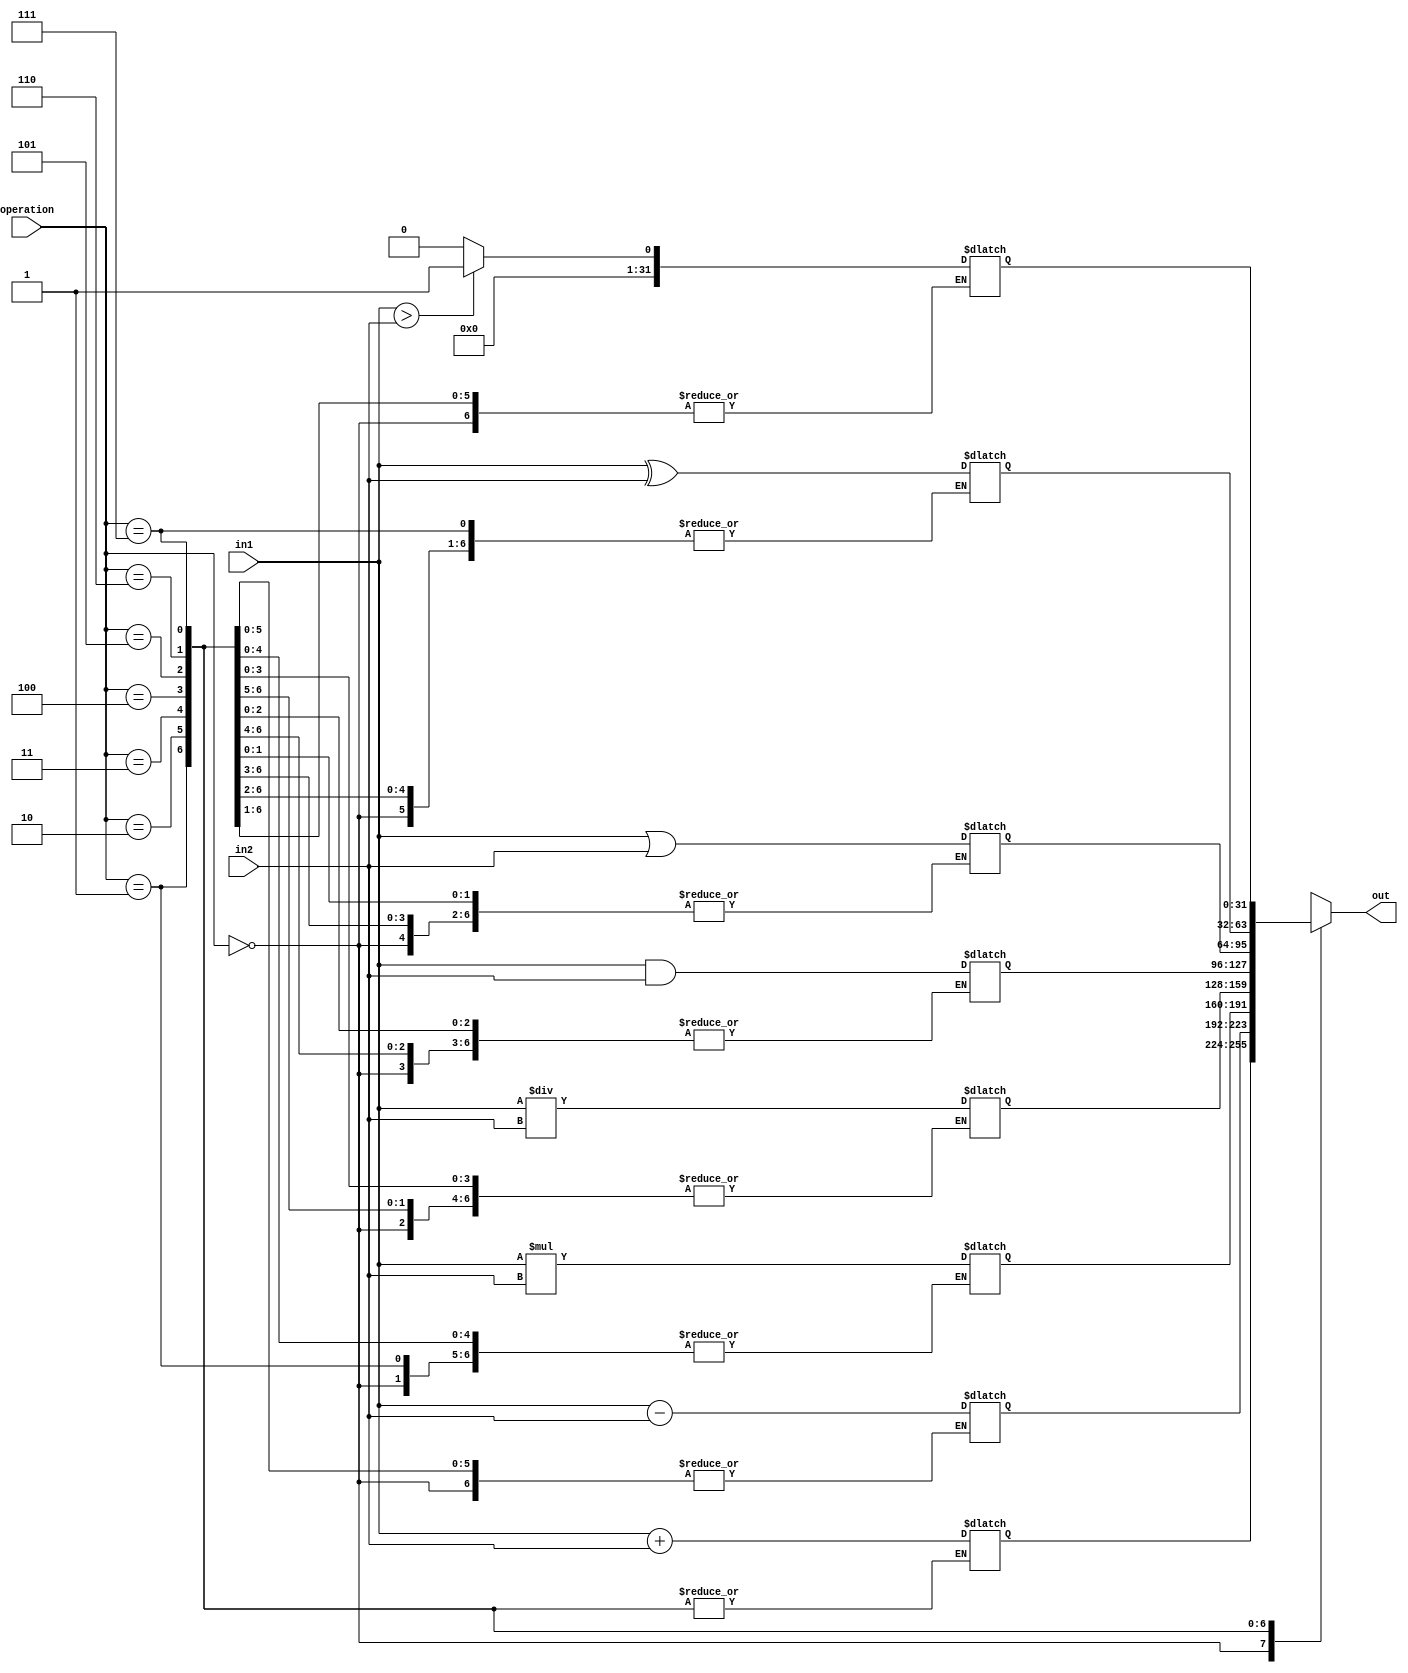
module ALU (
    input wire [31:0] in1,
    input wire [31:0] in2,
    input wire [2:0] operation,
    output reg [31:0] out
);

// Functional Blocks
reg [31:0] add_res, sub_res, mul_res, div_res, and_res, or_res, xor_res, cmp_res, shift_res;

always @(*) begin
    case(operation)
        3'b000: begin // Adder
            add_res = in1 + in2;
        end
        
        3'b001: begin // Subtractor
            sub_res = in1 - in2;
        end
        
        3'b010: begin // Multiplier
            mul_res = in1 * in2;
        end
        
        3'b011: begin // Divider
            div_res = in1 / in2;
        end
        
        3'b100: begin // AND
            and_res = in1 & in2;
        end
        
        3'b101: begin // OR
            or_res = in1 | in2;
        end
        
        3'b110: begin // XOR
            xor_res = in1 ^ in2;
        end
        
        3'b111: begin // Comparison
            if(in1 > in2)
                cmp_res = 1;
            else
                cmp_res = 0;
        end
    endcase
end

// Output based on selected operation
always @(*) begin
    case(operation)
        3'b000: out = add_res;
        3'b001: out = sub_res;
        3'b010: out = mul_res;
        3'b011: out = div_res;
        3'b100: out = and_res;
        3'b101: out = or_res;
        3'b110: out = xor_res;
        3'b111: out = cmp_res;
    endcase
end

endmodule